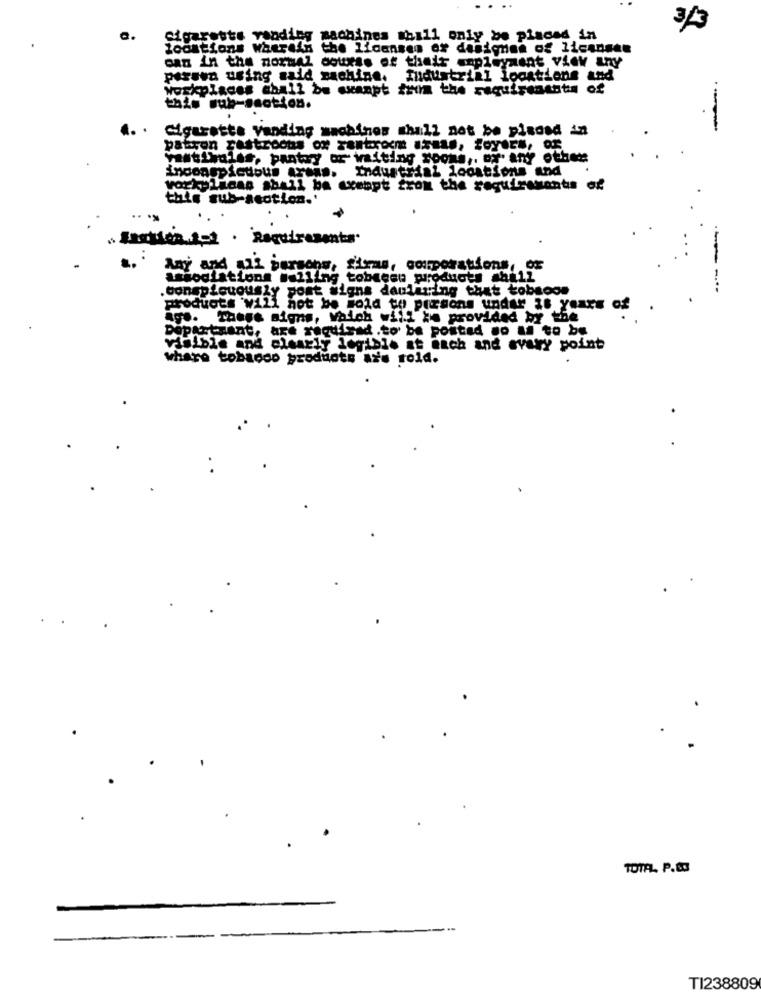
3/3
Cigarette vending machines hill only be placed in
joostions whereis the licensen of designmn of licensen
can in the normal course of their employment View any
pareva using said machine. fhaustrial loogtions and
workplaces chall be swanpt from the requirements of
this sub-section.
Cigaretta vanding machines shall not be pisoed in
patron castroous ox sentonocm Isnas, foyers, of
Yastihalas, pantry or waiting soons ,. or any other
Inconspicuous areas. Industrial locations and
vorkylacas shall ba exempt from the requiresants of
this sub-section.'
Any and all parsons, sitras, corporations, or
associations mulling tobecon products ahill
.conspicuously post signs daularing that tobsoon
products will not be sold to persons under 26 years of
age. These signs, Vaich will be provided by the
Départsant, are required .to be posted so as to be
visible and clearly legible at each and every point
whare tobacco products aż's rold.
..
TOTAL. P.C.
TI238809